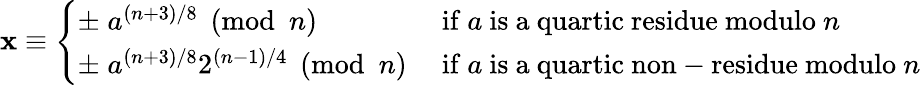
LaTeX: \mathbf{x}\equiv{\left\{ \begin{array}{ll}{\pm\; a^{(n+3)/8}{\pmod{n}}}&{{\mathrm{~if~}}a{\mathrm{~is~a~quartic~residue~modulo~}}n}\\ {\pm\; a^{(n+3)/8}2^{(n-1)/4}{\pmod{n}}}&{{\mathrm{~if~}}a{\mathrm{~is~a~quartic~non-residue~modulo~}}n}\end{array}\right.}